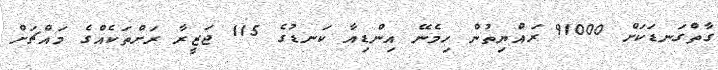
ގާތްގަނޑަކަށް 91000 ރައްޔިތުން ހިމެނޭ އިންޑިއާ ކަނޑުގެ 115 ޖަޒީރާ ރަށްތަކެއްގެ މައްޗަށް